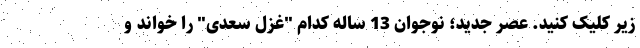
زیر کلیک کنید. عصر جدید؛ نوجوان 13 ساله کدام "غزل سعدی" را خواند و